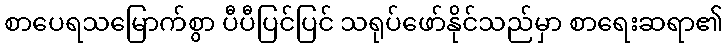
စာပေရသမြောက်စွာ ပီပီပြင်ပြင် သရုပ်ဖော်နိုင်သည်မှာ စာရေးဆရာ၏